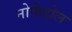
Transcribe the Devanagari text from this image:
नोफेडोल